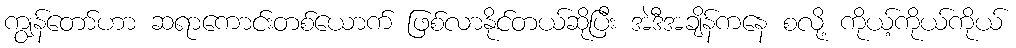
ကျွန်တော်ဟာ ဆရာကောင်းတစ်ယောက် ဖြစ်လာနိုင်တယ်ဆိုပြီး အဲဒီအချိန်ကနေ စလို့ ကိုယ့်ကိုယ်ကိုယ်